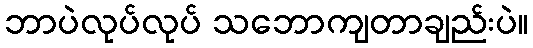
ဘာပဲလုပ်လုပ် သဘောကျတာချည်းပဲ။